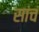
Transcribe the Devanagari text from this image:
सांचं